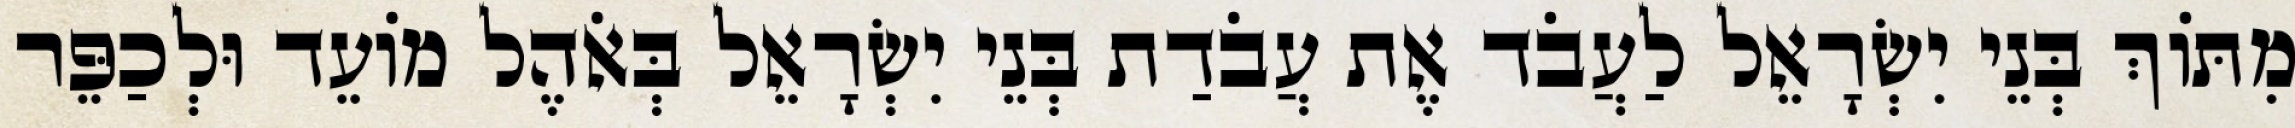
מִתּוֹךְ בְּנֵי יִשְׂרָאֵל לַעֲבֹד אֶת עֲבֹדַת בְּנֵי יִשְׂרָאֵל בְּאֹהֶל מוֹעֵד וּלְכַפֵּר